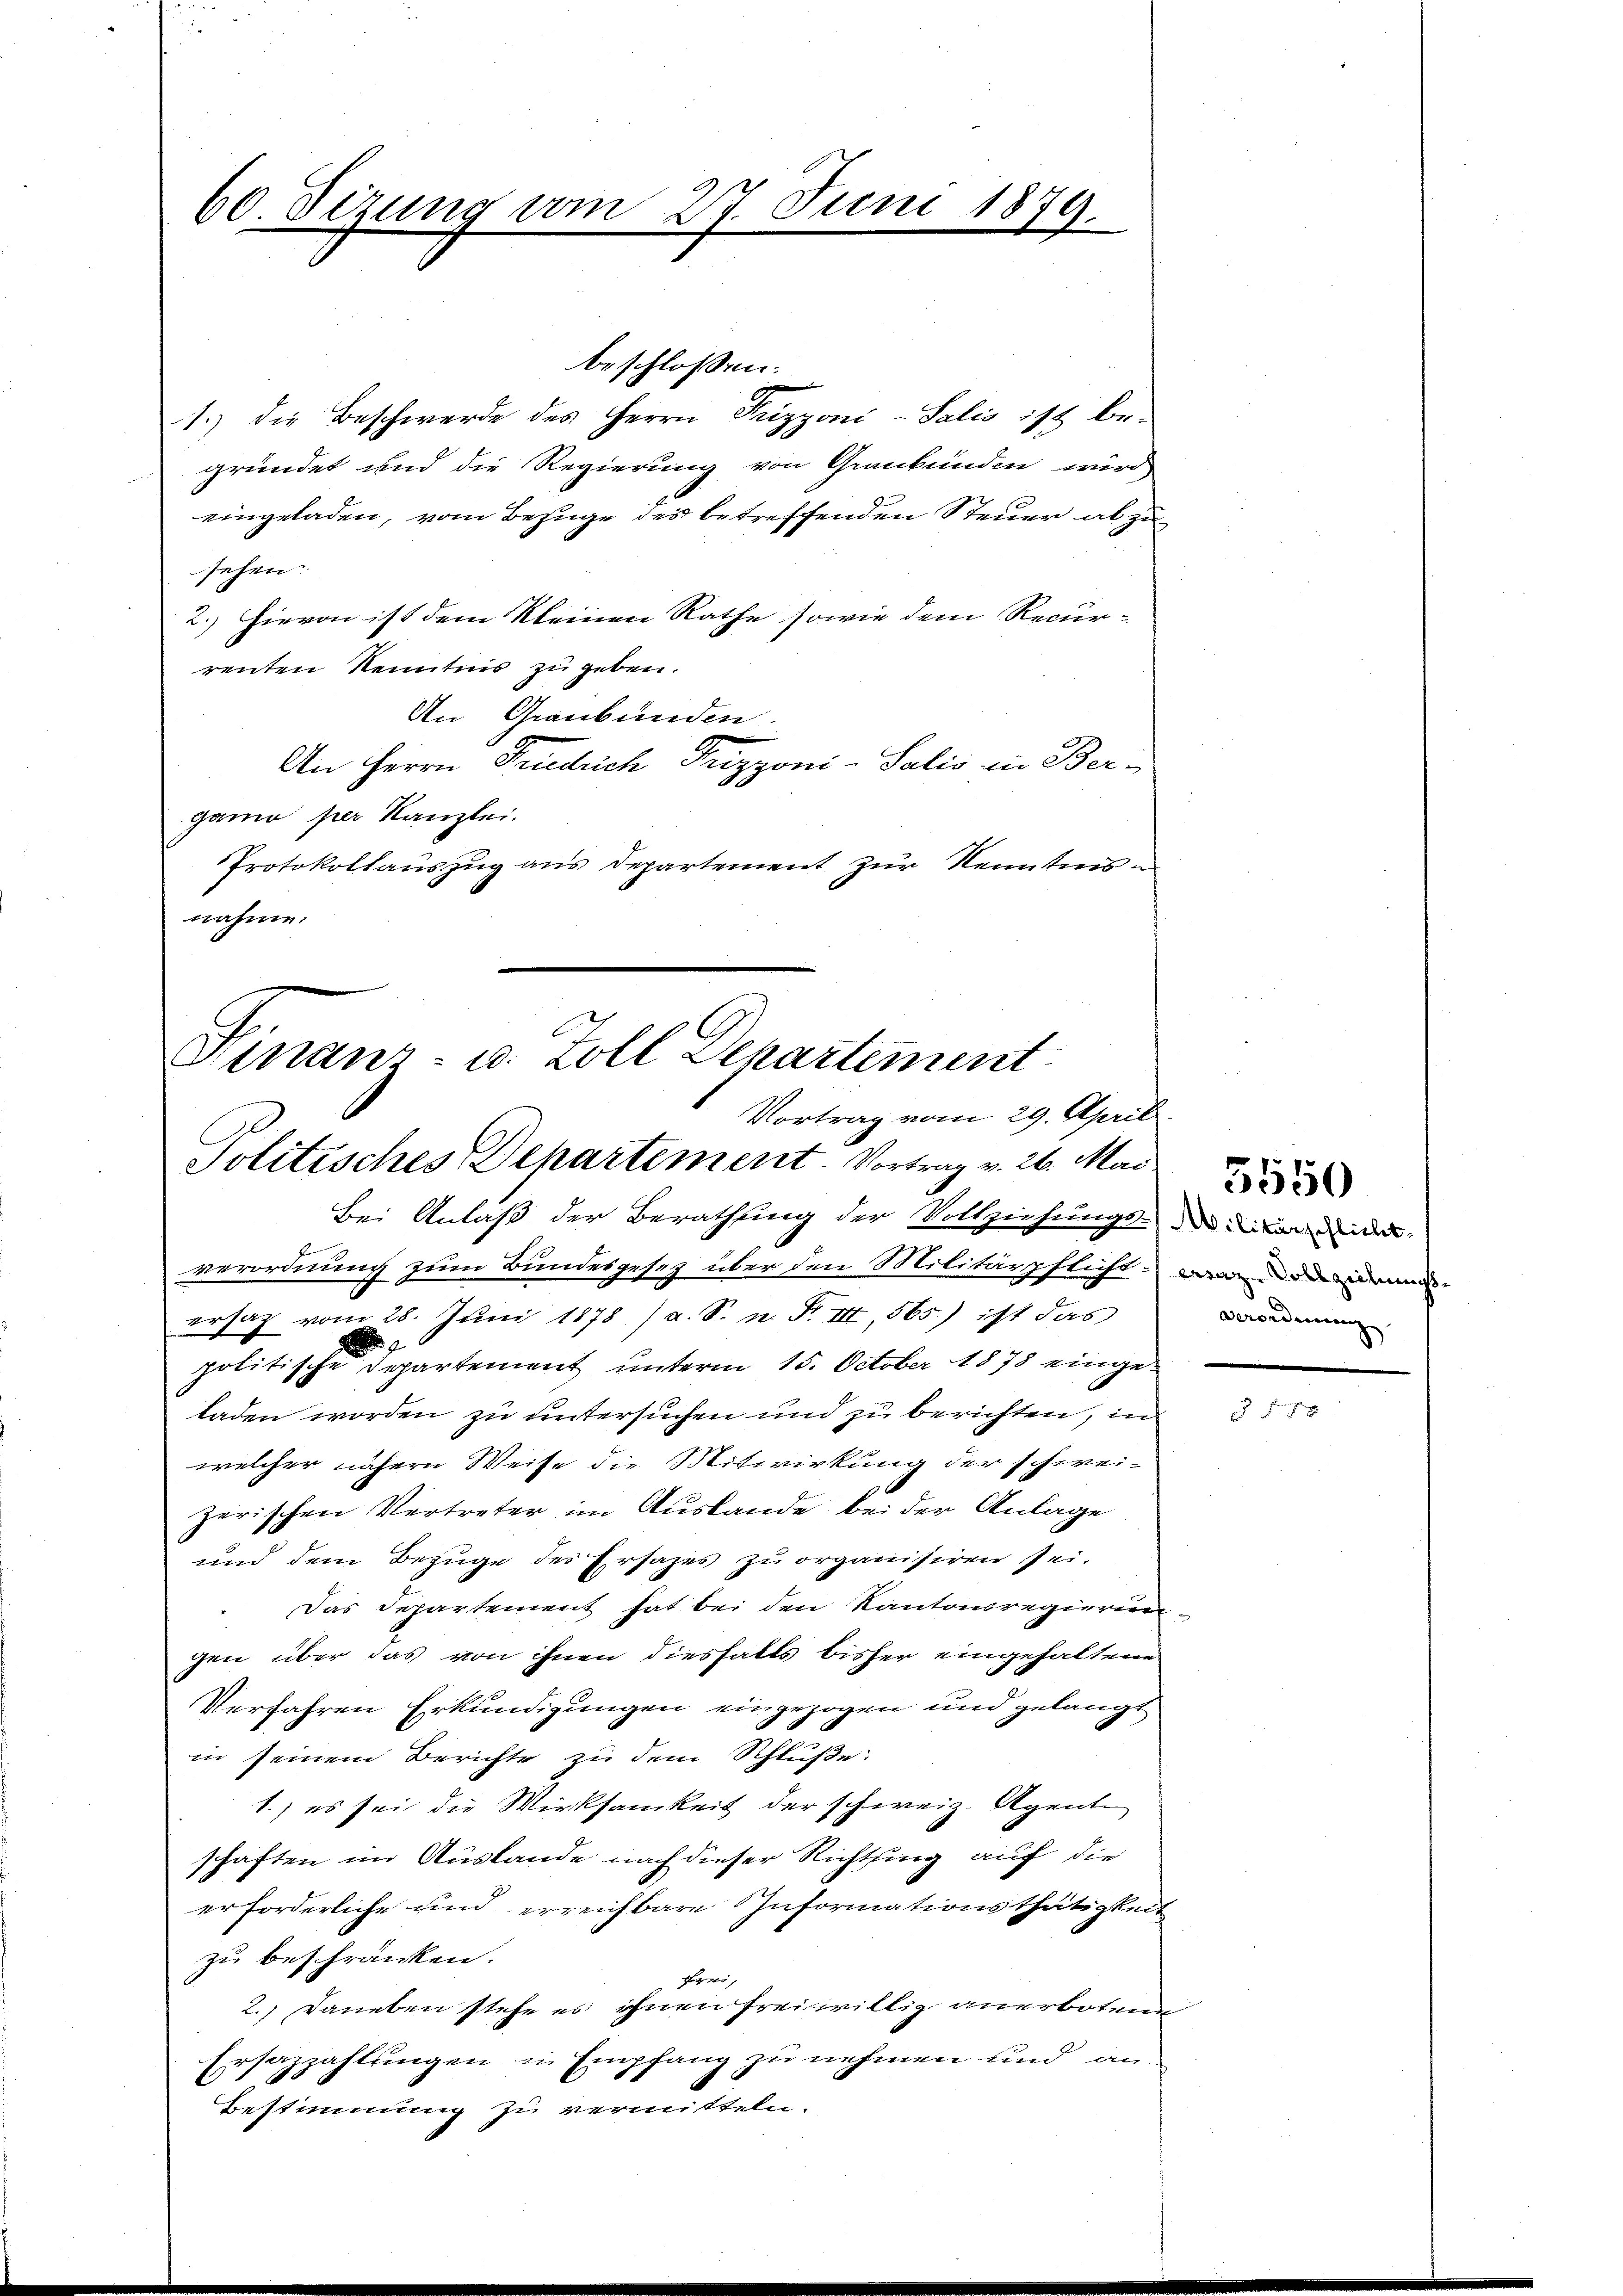
60. Sizung vom 27. Juni 1879.

beschlossen:
1.) Die Beschwerde des Herrn Prizzoni-Salis ist begründet und die Regierung von Graubünden wird
eingeladen, vom Bezuge des betreffenden Steuer abzusehen.
2.) Hievon ist dem Kleinen Rathe sowie dem Recur-
renten Kenntnis zu geben.
An Graubünden.
An Herrn Friedrich Trizzoni-Salis in Ber-
ganne per Kanzlei.
Protokollauszug aus Departement zur Kenntnis
nahme.

Hinanz- u. Zoll Departement
Vortrag vom 29. April.
Politisches Departement. Vortrag v. 26. Mai

Bei Anlaß der Berathung der Vollziehungsentar den
verordnung zum Bundesgesetz über den Militärpflicht. Dann den dan
ersatz vom 28. Juni 1878 / a. S. n. F. III, 565) ist das
d
politische Departement unterm 15. October 1878 eingeladen worden zu untersuchen und zu berichten, in
welcher nähern Weise die Mitwirkung der schweizerischen Vertreter im Auslande bei der Anlage
und dem Bezuge des Ersazes zu organisiren sei.
Das Departement hat bei den Kantonsregierun
gen über das von ihnen diesfalls bisher eingehaltene
Verfahren Erkundigungen eingezogen und gelangt
in seinem Berichte zu dem Schluße.
1.) es sei die Wirksamkeit der schweiz. Agente
schaften im Auslande nach dieser Richtung auf die
erforderliche und erreichbare Informationsthätigkeit
zu beschränken.
No
2.) Daneben stehe es ihnen freiwillig anerbotene
Ersazzahlungen in Empfang zu nehmen und an
Bestimmung zu vermitteln.

Verordnung

2

5550

3 f 5 x